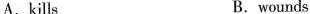
A.kills B.wounds